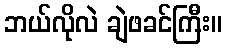
ဘယ်လိုလဲ ချဲဖခင်ကြီး။